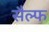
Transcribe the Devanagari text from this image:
सैल्फ